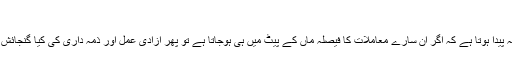
‘‘
اب سوال ذہن میں یہ پیدا ہوتا ہے کہ اگر ان سارے معاملات کا فیصلہ ماں کے پیٹ میں ہی ہوجاتا ہے تو پھر آزادی عمل اور ذمہ داری کی کیا گنجائش باقی رہ جاتی ہے؟